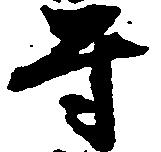
守